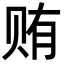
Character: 贿